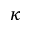
\kappa